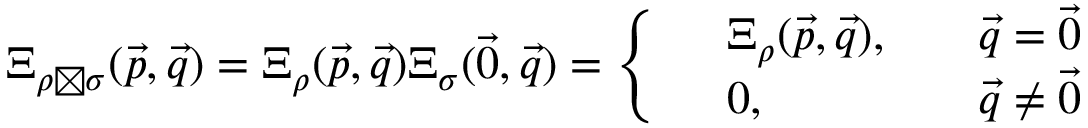
\begin{array} { r } { \Xi _ { \rho \boxtimes \sigma } ( \vec { p } , \vec { q } ) = \Xi _ { \rho } ( \vec { p } , \vec { q } ) \Xi _ { \sigma } ( \vec { 0 } , \vec { q } ) = \left\{ \begin{array} { r l r l } & { \Xi _ { \rho } ( \vec { p } , \vec { q } ) , } & & { \vec { q } = \vec { 0 } } \\ & { 0 , } & & { \vec { q } \neq \vec { 0 } } \end{array} \right. } \end{array}